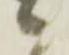
ハ